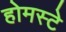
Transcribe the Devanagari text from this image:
होमस्टे